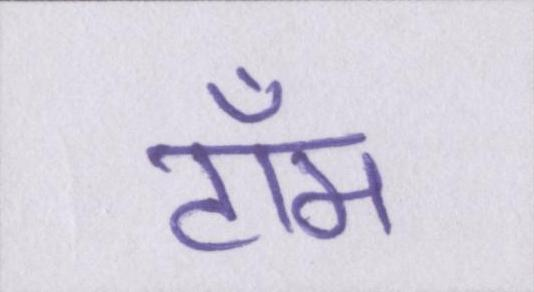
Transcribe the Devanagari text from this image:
टॉम